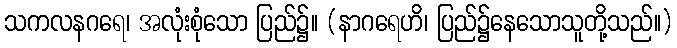
သကလနဂရေ၊ အလုံးစုံသော ပြည်၌။ (နာဂရေဟိ၊ ပြည်၌နေသောသူတို့သည်။)